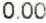
0.00